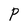
Character: P